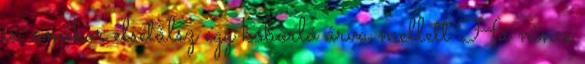
is, amikor elsétálsz egy kóborló árva mellett Ha nincs